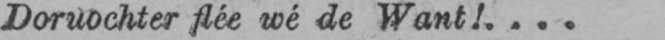
Doruochter flée wé de Want!....